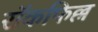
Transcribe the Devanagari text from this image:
रॉकफिल्ल